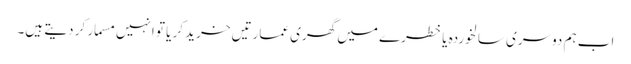
اب ہم دوسری سالخوردہ یا خطرے میں گھری عمارتیں خرید کر یا تو انہیں مسمار کر دیتے ہیں۔